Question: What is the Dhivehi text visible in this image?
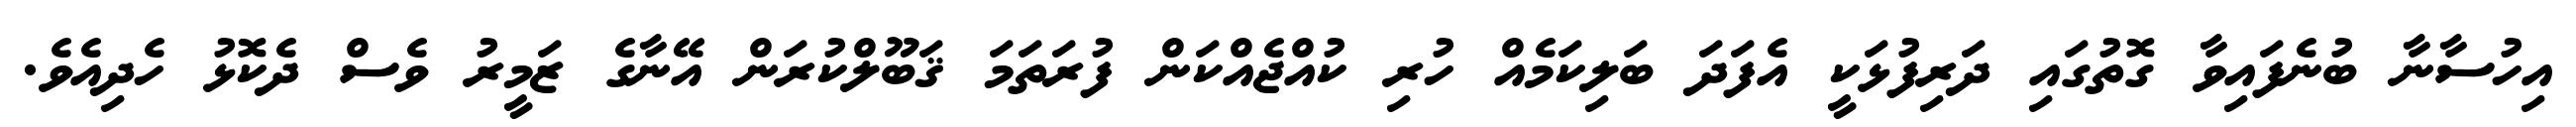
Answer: އިހުސާނާ ބުނެފައިވާ ގޮތުގައި ދަރިފުޅަކީ އެފަދަ ބަލިކަމެއް ހުރި ކުއްޖެއްކަން ފުރަތަމަ ޤަބޫލްކުރަން އޭނާގެ ޒަމީރު ވެސް ދެކޮޅު ހެދިއެވެ.